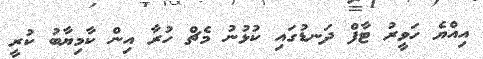
އިއްޔެ ހަވީރު ޓާފް ދަނޑުގައި ކުޅުނު މެޗް ހުރާ އިން ކާމިޔާބު ކުރީ